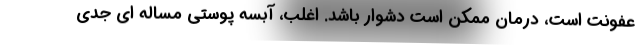
عفونت است، درمان ممکن است دشوار باشد. اغلب، آبسه پوستی مساله ای جدی